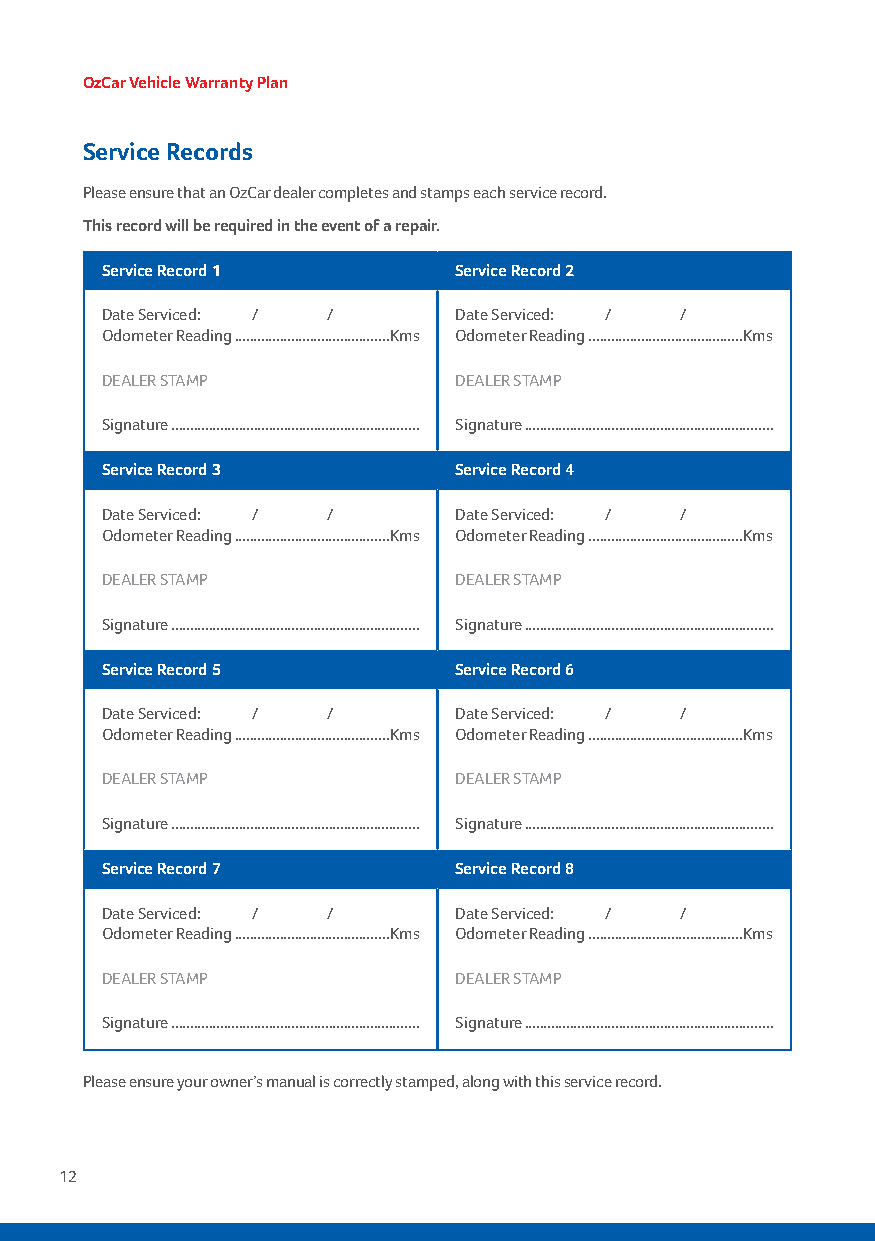
OzCar Vehicle Warranty Plan
 Service Records
 Please ensure that an OzCar dealer completes and stamps each service record.
 This record will be required in the event of a repair.
 Service Record 1       Service Record 2
 Date Serviced: / /     Date Serviced: / /
 Odometer Reading .........................................Kms Odometer Reading .........................................Kms
 DEALER STAMP           DEALER STAMP
 Signature .................................................................. Signature ..................................................................
 Service Record 3       Service Record 4
 Date Serviced: / /     Date Serviced: / /
 Odometer Reading .........................................Kms Odometer Reading .........................................Kms
 DEALER STAMP           DEALER STAMP
 Signature .................................................................. Signature ..................................................................
 Service Record 5       Service Record 6
 Date Serviced: / /     Date Serviced: / /
 Odometer Reading .........................................Kms Odometer Reading .........................................Kms
 DEALER STAMP           DEALER STAMP
 Signature .................................................................. Signature ..................................................................
 Service Record 7       Service Record 8
 Date Serviced: / /     Date Serviced: / /
 Odometer Reading .........................................Kms Odometer Reading .........................................Kms
 DEALER STAMP           DEALER STAMP
 Signature .................................................................. Signature ..................................................................
 Please ensure your owner’s manual is correctly stamped, along with this service record.
 12